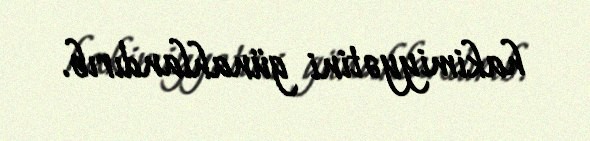
hakimiyyətini günahlandırıb.